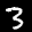
Label: 3